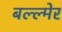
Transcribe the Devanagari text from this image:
बल्ल्मेर